Civil Veterinary Dept. North-West Frontier Province 1923-32 - 1923-1932
Year: 1923
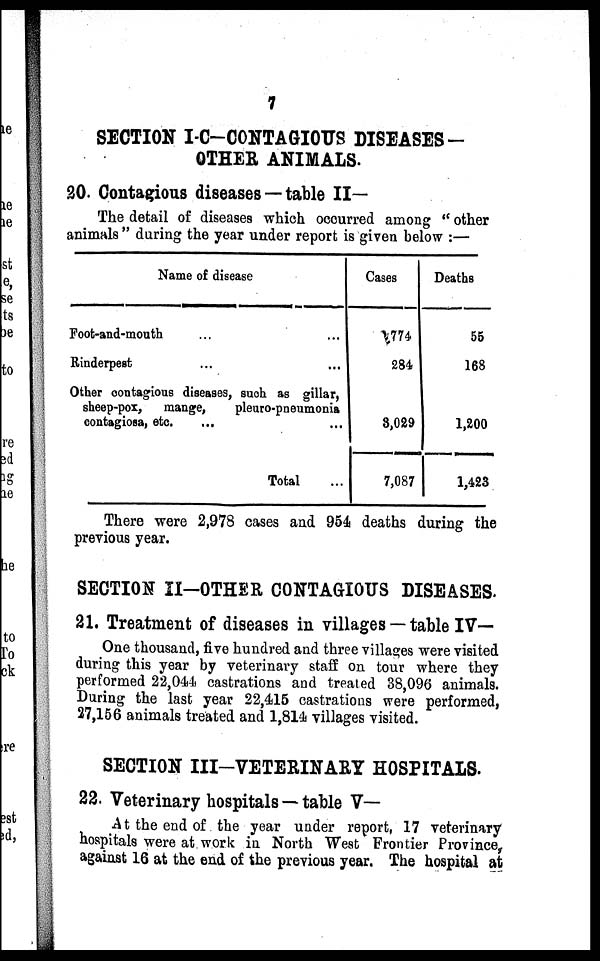
7
SECTION I-C—CONTAGIOTTS DISEASES—
OTHER ANIMALS.
20. Contagious diseases — table II—
The detail of diseases which occurred among " other
animals" during the year under report is given below :—
Name of disease
Foot-and-mouth ... ...
Rinderpest ... ...
Other contagious diseases, such as gillar,
sheep-box, mange,
pleuro-pneumonia
contagiosa, etc. ...
Total ...
Cases
774
284
3,029
7,087
Deaths
55
168
1,200
1,423
There were 2,978 cases and 954 deaths during the
previous year.
SECTION II-OTHER CONTAGIOUS DISEASES.
21. Treatment of diseases in villages — table IV—
One thousand, five hundred and three villages were visited
during this year by veterinary staff on tour where they
performed 22,044 castrations and treated 38,096 animals.
During the last year 22,415 castrations were performed,
27,156 animals treated and 1,814 villages visited.
SECTION III—VETERINARY HOSPITALS.
22. Veterinary hospitals — table V—
At the end of the year under report, 17 veterinary
hospitals were at work in North West Frontier Province,
against 16 at the end of the previous year. The hospital at